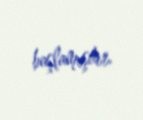
başlamışdır.